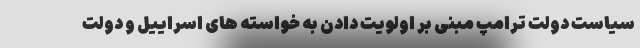
سیاست دولت ترامپ مبنی بر اولویت دادن به خواسته های اسراییل و دولت